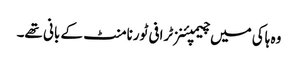
وہ ہاکی میں چیمپئنز ٹرافی ٹورنامنٹ کے بانی تھے۔